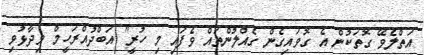
އަތްލެވޭ ގޮތަކުން އެ ގޮވައިގެން ގެއްލުންތައް ވެފައި މި ހުރީ" އަބްދުއްރަހީމް ވިދާޅުވި